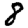
Digit: 8